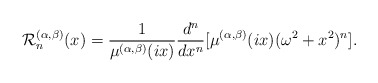
\begin{align*}\mathcal{R}^{(\alpha,\beta)}_{n}(x)=\dfrac{1}{\mu^{(\alpha, \beta)}(ix)} \dfrac{d^n}{dx^n}[\mu^{(\alpha, \beta)}(ix)(\omega^2+x^2)^{n}].\end{align*}